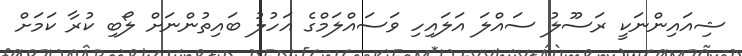
ޝިއައިންނަކީ ރަސޫލު ސައްލަ އަލައިހި ވަސައްލަމްގެ އަހުލު ބައިތުންނަށް ލޯބި ކުރާ ކަމަށް